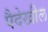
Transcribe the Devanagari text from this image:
पैदेखील